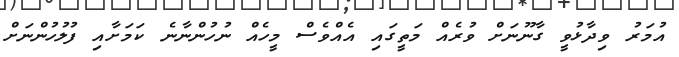
އުމަރު ވިދާޅުވީ ގާނޫނަށް ވުރެއް މަތީގައި އެއްވެސް މީހެއް ނުހުންނާނެ ކަމަށާއި ފުލުހުންނަށް